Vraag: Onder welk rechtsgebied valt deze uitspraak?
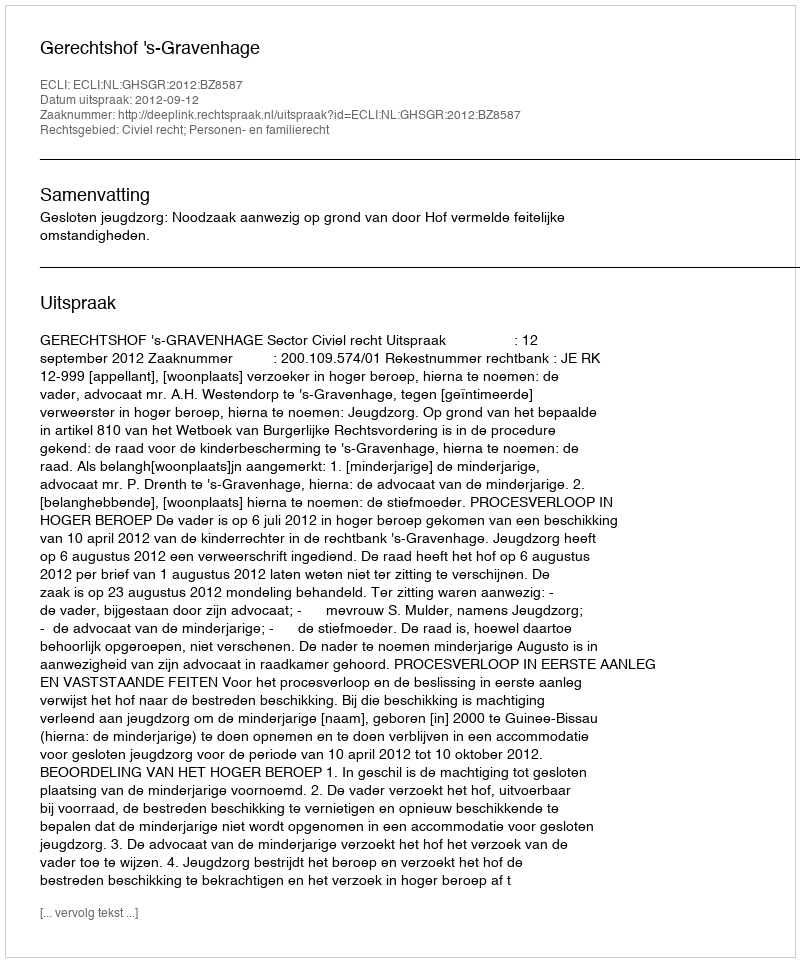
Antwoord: Civiel recht; Personen- en familierecht